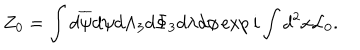
Z _ { 0 } = \int d \overline { { { \psi } } } d \psi d { \Lambda } _ { 3 } d \Phi _ { 3 } d \lambda d \phi \exp i \int d ^ { 2 } x { \cal L } _ { 0 } .